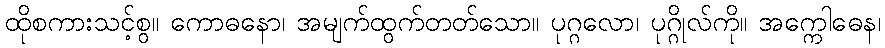
ထိုစကားသင့်စွ။ ကောဓနော၊ အမျက်ထွက်တတ်သော။ ပုဂ္ဂလော၊ ပုဂ္ဂိုလ်ကို။ အက္ကေါဓေန၊